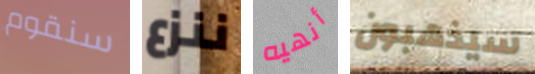
سنقوم ننزع أنهيه سيذهبون